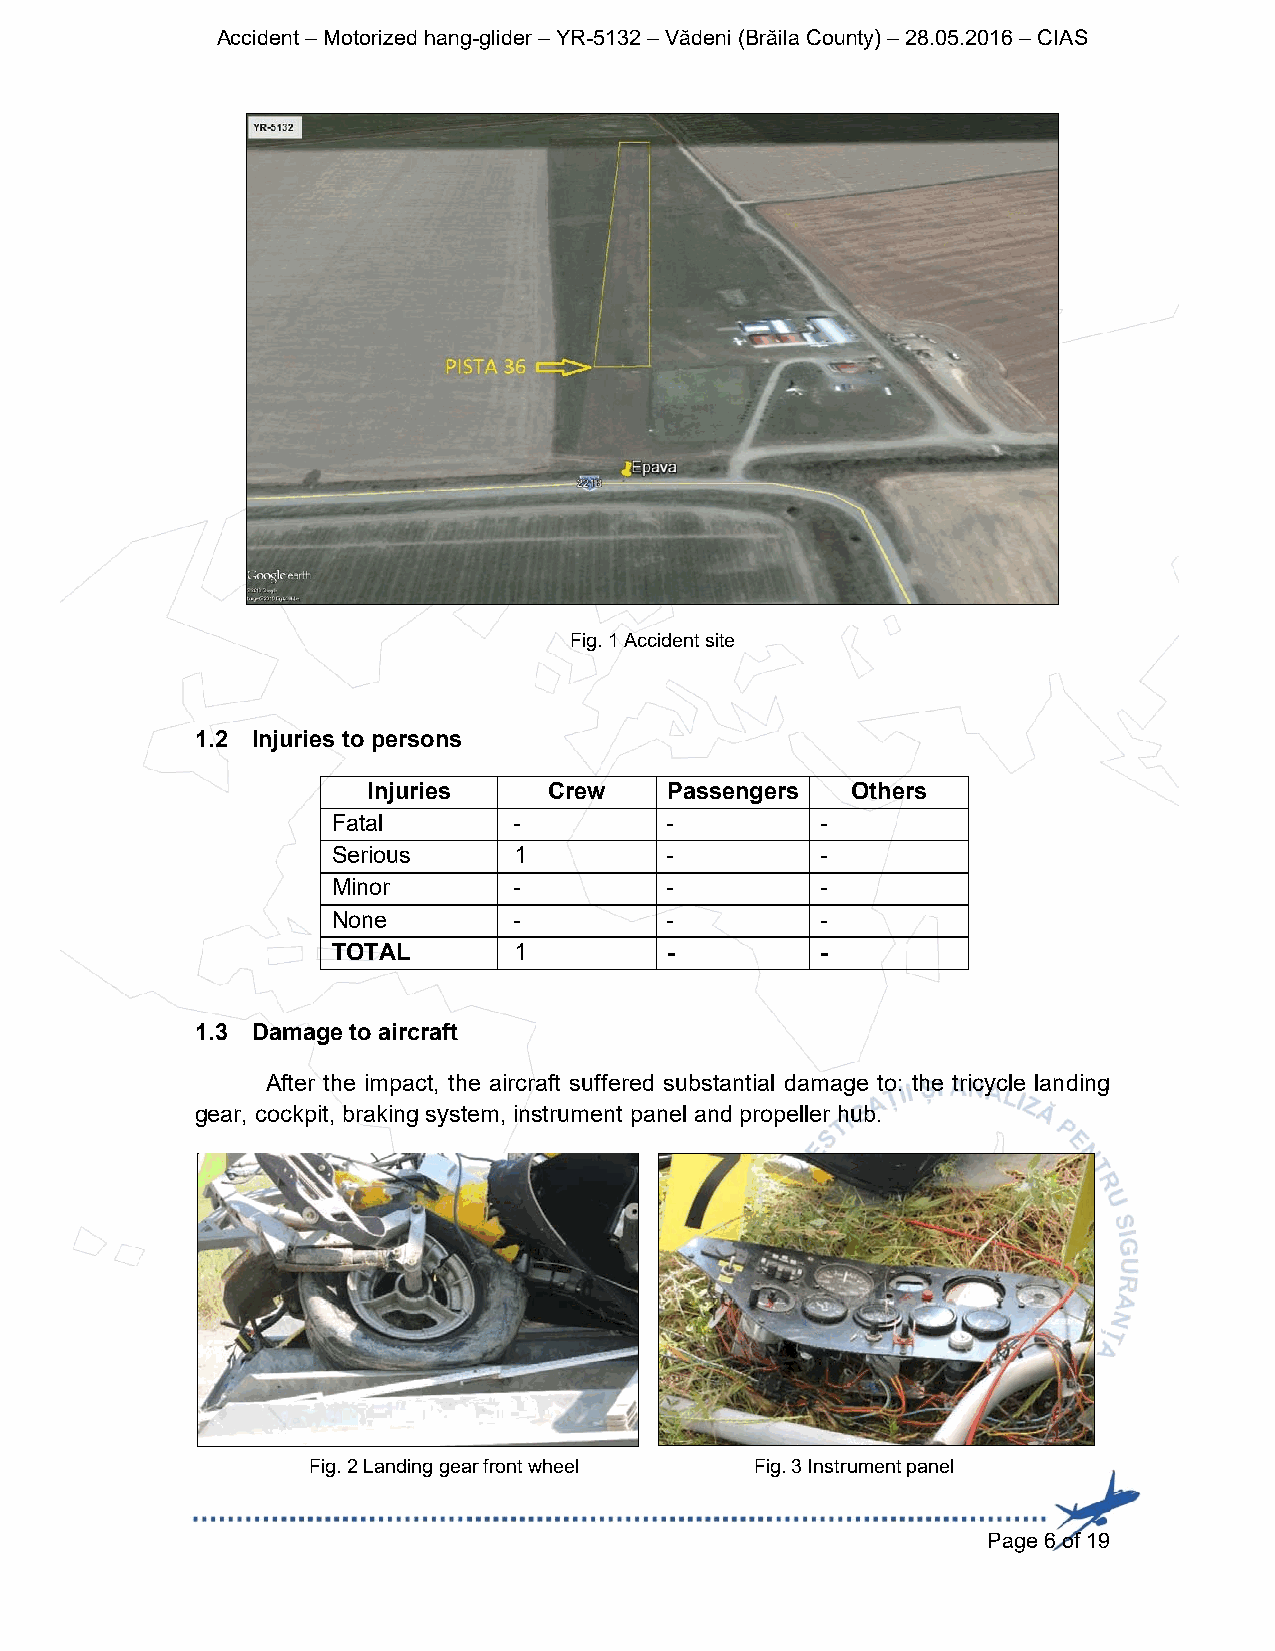
Accident – Motorized hang-glider – YR-5132 – Vădeni (Brăila County) – 28.05.2016 – CIAS
 Fig. 1 Accident site
 1.2 Injuries to persons
 Injuries    Crew    Passengers  Others
 Fatal       -         -         -
 Serious     1         -         -
 Minor       -         -         -
 None        -         -         -
 TOTAL       1         -         -
 1.3 Damage to aircraft
 After the impact, the aircraft suffered substantial damage to: the tricycle landing
 gear, cockpit, braking system, instrument panel and propeller hub.
 Fig. 2 Landing gear front wheel Fig. 3 Instrument panel
 Page 6 of 19